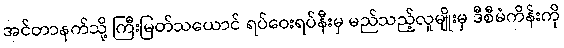
အင်တာနက်သို့ ကြီးမြတ်သယောင် ရပ်ဝေးရပ်နီးမှ မည်သည့်လူမျိုးမှ ဒီစီမံကိန်းကို